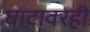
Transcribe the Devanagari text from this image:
घाटावरही